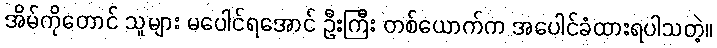
အိမ်ကိုတောင် သူများ မပေါင်ရအောင် ဦးကြီး တစ်ယောက်က အပေါင်ခံထားရပါသတဲ့။